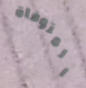
المتوفاة